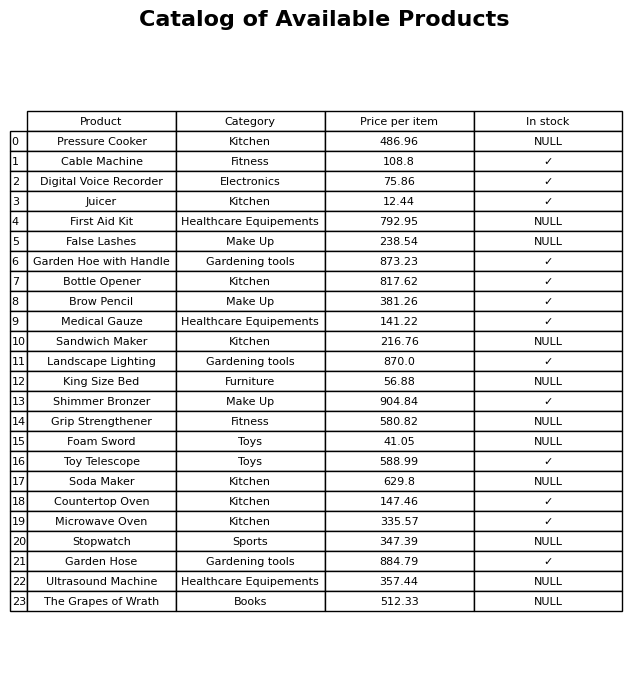
question: Which products are available in stock?
answer: Cable Machine, Digital Voice Recorder, Juicer, Garden Hoe with Handle, Bottle Opener, Brow Pencil, Medical Gauze, Landscape Lighting, Shimmer Bronzer, Toy Telescope, Countertop Oven, Microwave Oven, Garden Hose